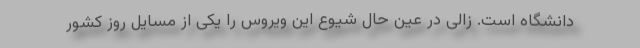
دانشگاه است. زالی در عین حال شیوع این ویروس را یکی از مسایل روز کشور